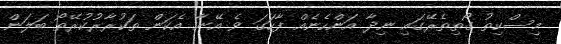
މިސްކިތު ގޯތިތެރޭގައި ނިދާ އަންހެނެއް ފާހަގަ ވެ އޭނާ އެކަން ތަކުރާރުކުރޭތޯ ބަލަން